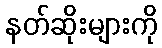
နတ်ဆိုးများကို